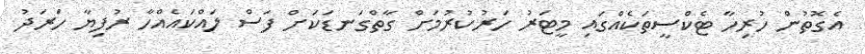
އެގޮތުން ހުރިހާ ޓެކްސީތަކެއްގައި މީޓަރު ހަރުކުރުމަށް ގާތްގަނޑަކަށް ފަސް ލައްކައެއްހާ ރުފިޔާ ހަރަދު